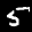
Label: 5